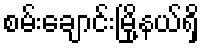
စမ်းချောင်းမြို့နယ်ရှိ